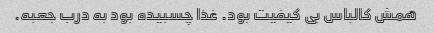
همش کالباس بی کیفیت بود. غذا چسبیده بود به درب جعبه.